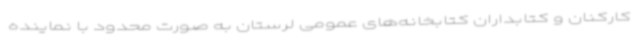
کارکنان و کتابداران کتابخانه‌های عمومی لرستان به صورت محدود با نماینده